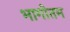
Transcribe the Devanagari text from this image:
भागोतम